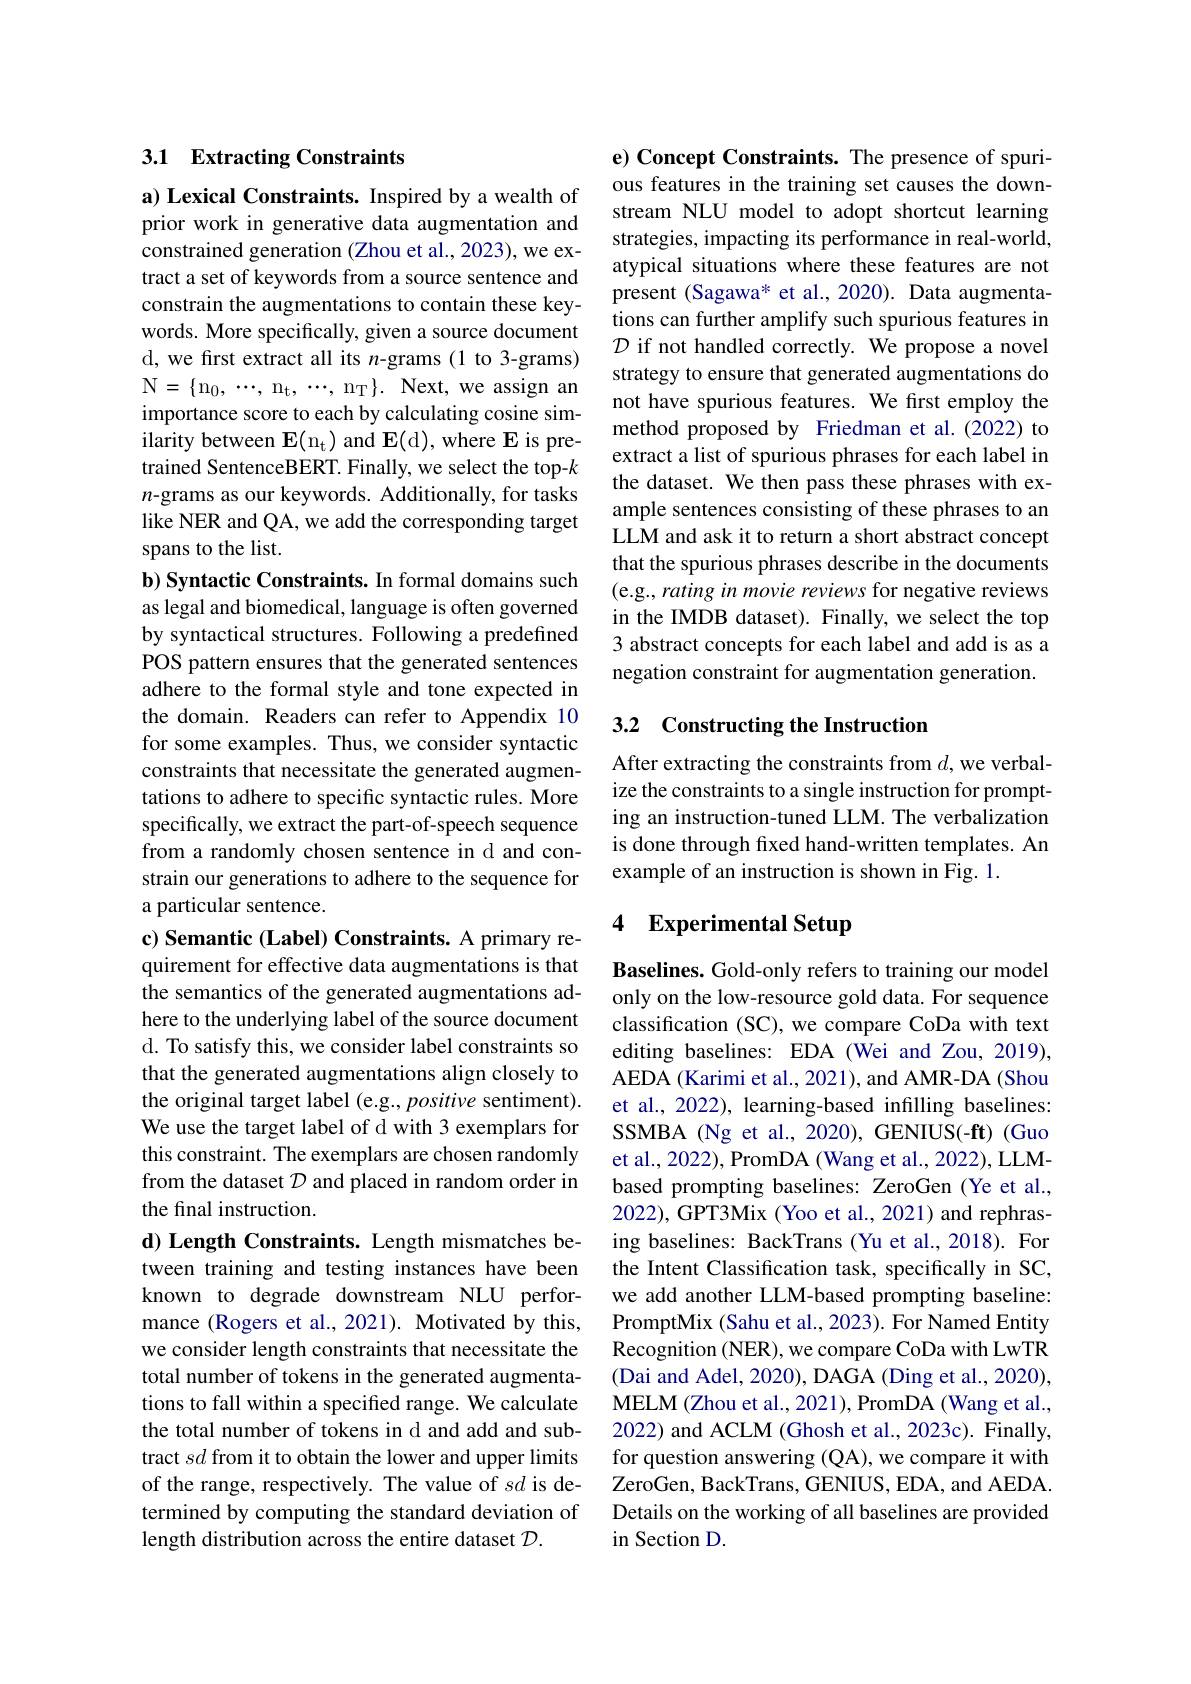
## 3.1 Extracting Constraints

a) Lexical Constraints. Inspired by a wealth of prior work in generative data augmentation and constrained generation (Zhou et al., 2023), we extract a set of keywords from a source sentence and constrain the augmentations to contain these keywords. More specifically, given a source document d, we first extract all its $n$-grams(1 to 3-grams) N= $\{ n_{0}$, $\cdots$, $n_{\mathrm{t} }$, $\cdots$, $n_{\mathrm{T} }\}$. Next, we assign an importance score to each by calculating cosine similarity between $\mathbf{E} ( n_t)$ and $\mathbf{E} ($d), where E is pretrained SentenceBERT. Finally, we select the top-k $n$-grams as our keywords. Additionally, for tasks like NER and QA, we add the corresponding target spans to the list.
b) Syntactic Constraints. In formal domains such as legal and biomedical, language is often governed by syntactical structures. Following a predefined POS pattern ensures that the generated sentences adhere to the formal style and tone expected in the domain. Readers can refer to Appendix 10 for some examples. Thus, we consider syntactic constraints that necessitate the generated augmentations to adhere to specific syntactic rules. More specifically, we extract the part-of-speech sequence from a randomly chosen sentence in d and constrain our generations to adhere to the sequence for a particular sentence.
c) Semantic (Label) Constraints. A primary requirement for effective data augmentations is that the semantics of the generated augmentations adhere to the underlying label of the source document d. To satisfy this, we consider label constraints so that the generated augmentations align closely to the original target label (e.g., positive sentiment). We use the target label of d with 3 exemplars for this constraint. The exemplars are chosen randomly from the dataset $\mathcal{D}$ and placed in random order in the final instruction.
d) Length Constraints. Length mismatches between training and testing instances have been known to degrade downstream NLU performance (Rogers et al., 2021). Motivated by this, we consider length constraints that necessitate the total number of tokens in the generated augmentations to fall within a specified range. We calculate the total number of tokens in d and add and subtract $sd$ from it to obtain the lower and upper limits of the range, respectively. The value of $sd$ is determined by computing the standard deviation of length distribution across the entire dataset $\mathcal{D}.$

e) Concept Constraints. The presence of spurious features in the training set causes the downstream NLU model to adopt shortcut learning strategies, impacting its performance in real-world, atypical situations where these features are not present (Sagawa* et al., 2020). Data augmentations can further amplify such spurious features in $\mathcal{D}$ if not handled correctly. We propose a novel strategy to ensure that generated augmentations do not have spurious features. We first employ the method proposed by Friedman et al.(2022) to extract a list of spurious phrases for each label in the dataset. We then pass these phrases with example sentences consisting of these phrases to an LLM and ask it to return a short abstract concept that the spurious phrases describe in the documents (e.g., rating in movie reviews for negative reviews in the IMDB dataset). Finally, we select the top 3 abstract concepts for each label and add is as a negation constraint for augmentation generation.

## 3.2 Constructing the Instruction

After extracting the constraints from $d$,we verbalize the constraints to a single instruction for prompting an instruction-tuned LLM. The verbalization is done through fixed hand-written templates. An example of an instruction is shown in Fig. 1.

# 4 Experimental Setup

Baselines. Gold-only refers to training our model only on the low-resource gold data. For sequence classification (SC), we compare CoDa with text editing baselines: EDA (Wei and Zou, 2019), AEDA (Karimi et al., 2021), and AMR-DA (Shou et al., 2022), learning-based infilling baselines: SSMBA (Ng et al., 2020), GENIUS(-ft) (Guo et al., 2022), PromDA (Wang et al., 2022), LLMbased prompting baselines: ZeroGen (Ye et al., 2022), GPT3Mix ( Yoo et al., 2021) and rephrasing baselines: BackTrans (Yu et al., 2018). For the Intent Classification task, specifically in SC, we add another LLM-based prompting baseline: PromptMix (Sahu et al., 2023). For Named Entity Recognition (NER), we compare CoDa with LwTR (Dai and Adel, 2020), DAGA (Ding et al., 2020), MELM (Zhou et al., 2021), PromDA (Wang et al., 2022) and ACLM (Ghosh et al., 2023c). Finally, for question answering (QA), we compare it with ZeroGen, BackTrans, GENIUS, EDA, and AEDA. Details on the working of all baselines are provided in Section D